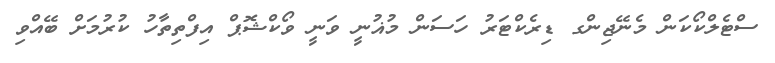
ސްޓެލްކޯކަން މެނޭޖިންގ ޑިރެކްޓަރު ހަސަން މުޣުނީ ވަނީ ވޯކްޝޮޕް އިފްތިތާހު ކުރުމަށް ބޭއްވި